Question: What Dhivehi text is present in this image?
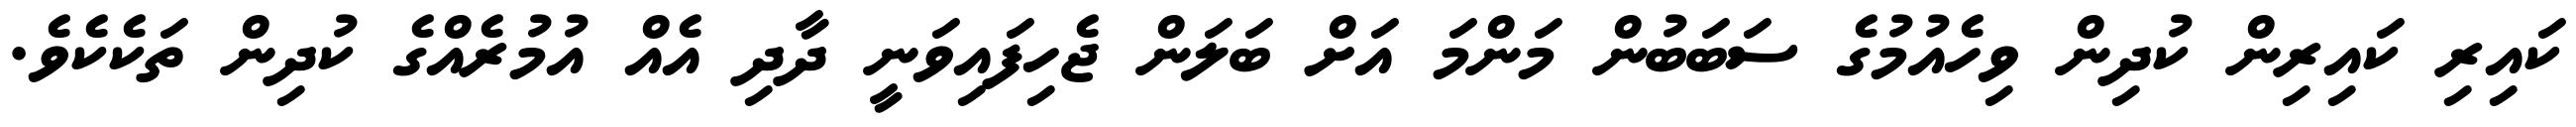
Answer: ކައިރި ކައިރިން ކުދިން ވިހެއުމުގެ ސަބަބުން މަންމަ އަށް ބަލަން ޖެހިފައިވަނީ ދާދި އެއް އުމުރެއްގެ ކުދިން ތަކެކެވެ.